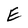
Character: E